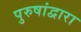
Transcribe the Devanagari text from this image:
पुरुषांद्वारा